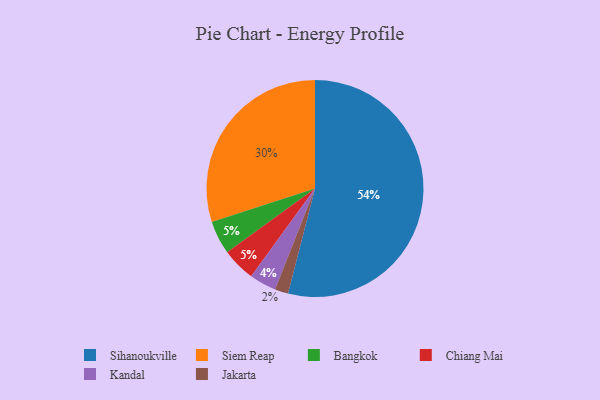
{"axis": {"x": "Category", "y": "Percentage"}, "legend": ["Bangkok", "Chiang Mai", "Jakarta", "Kandal", "Siem Reap", "Sihanoukville"], "data": [{"x": "Bangkok", "y": 5, "type": "Bangkok"}, {"x": "Jakarta", "y": 2, "type": "Jakarta"}, {"x": "Sihanoukville", "y": 54, "type": "Sihanoukville"}, {"x": "Kandal", "y": 4, "type": "Kandal"}, {"x": "Siem Reap", "y": 30, "type": "Siem Reap"}, {"x": "Chiang Mai", "y": 5, "type": "Chiang Mai"}]}